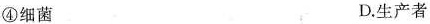
④细菌 D.生产者